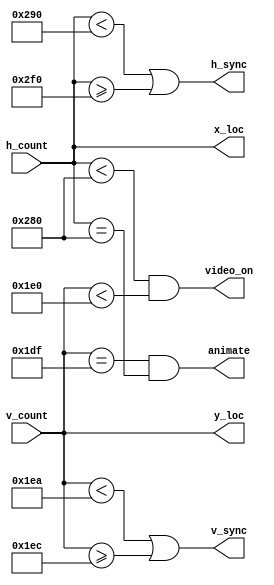
`timescale 1ns / 1ps
//////////////////////////////////////////////////////////////////////////////////
// Company: 
// Engineer: 
// 
// Design Name: 
// Module Name: vga_sync
// Project Name: 
// Target Devices: 
// Tool Versions: 
// Description: 
// 
// Dependencies: 
// 
// Revision:
// Revision 0.01 - File Created
// Additional Comments:
// 
//////////////////////////////////////////////////////////////////////////////////


module vga_sync(
input[9:0] h_count,
input[9:0] v_count,
output[9:0] x_loc,
output [9:0]  y_loc,
output h_sync,v_sync,video_on,
output animate
    );
    //horizontal
    localparam HD = 640;
    localparam HF = 16;
    localparam HB = 48;
    localparam HR = 96;
    
    //vertical
    localparam VD = 480;
    localparam VF = 10;
    localparam VB = 33;
    localparam VR = 2;
    localparam VA_END = 480;             // vertical active pixel end (where the screen's drawing ends)
    localparam LINE   = 640;             // complete line (pixels)
    
    // animate: high for one tick at the end of the final active pixel line
    assign animate = ((v_count == VA_END - 1) & (h_count == LINE));
    
    assign v_sync = (v_count < (VD+VF)) | (v_count >= (VD+VF+VR)); 
    assign h_sync = (h_count < (HD+HF)) | (h_count >= (HD+HF+HR));
    assign video_on = (h_count < HD) & (v_count<VD);
    
    assign x_loc = h_count;
    assign y_loc = v_count;
    
    
     
endmodule